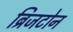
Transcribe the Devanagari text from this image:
ब्रिजटोन